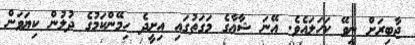
ޖާބިރަށް ނީވޭ ކަހަލައެވެ. އޭނަ ޝާޢާގެ މަގަތުގައި އިށީދެ ހިމޭންކަމުގެ ދުލުން ކިޔަވަން